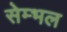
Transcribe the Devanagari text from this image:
सेम्भल